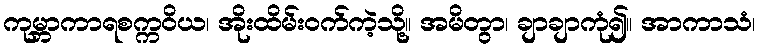
ကုမ္ဘာကာရစက္ကဝိယ၊ အိုးထိမ်းဝက်ကဲ့သို့။ အမိတွာ၊ ချာချာကုံ၍။ အာကာသံ၊